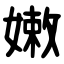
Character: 嫩